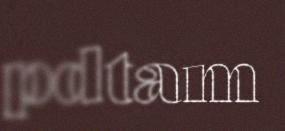
pdtam